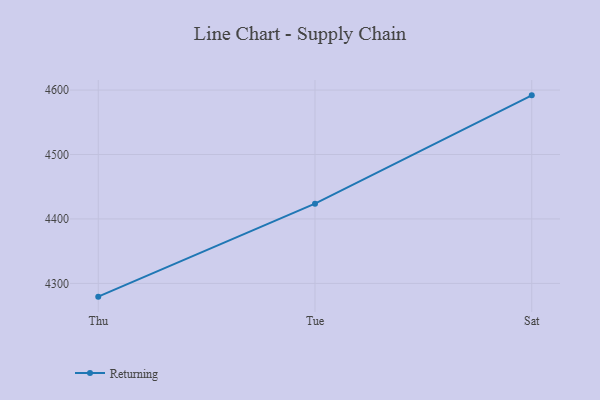
{"axis": {"x": "Day", "y": "Gross Profit (USD K)"}, "legend": ["Returning"], "data": [{"x": "Thu", "y": 4279.4, "type": "Returning"}, {"x": "Tue", "y": 4423.7, "type": "Returning"}, {"x": "Sat", "y": 4591.8, "type": "Returning"}]}